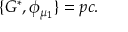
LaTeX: \{ G ^ { * } , \phi _ { \mu _ { 1 } } \} = p c .